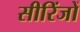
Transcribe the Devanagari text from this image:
सीरिंजों